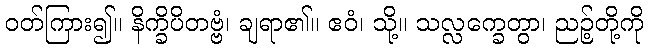
ဝတ်ကြား၍။ နိက္ခိပိတဗ္ဗံ၊ ချရာ၏။ ဧဝံ၊ သို့။ သလ္လက္ခေတွာ၊ ညဉ့်တို့ကို